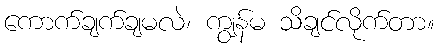
ကောက်ချက်ချမလဲ၊ ကျွန်မ သိချင်လိုက်တာ။